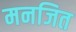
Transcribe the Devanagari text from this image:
मनजित